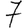
Digit: 7